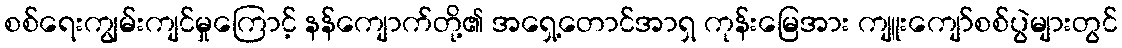
စစ်ရေးကျွမ်းကျင်မှုကြောင့် နန်ကျောက်တို့၏ အရှေ့တောင်အာရှ ကုန်းမြေအား ကျူးကျော်စစ်ပွဲများတွင်